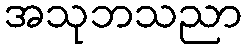
အသုဘသညာ